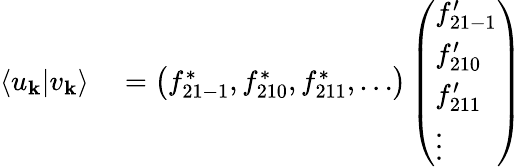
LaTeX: \begin{array}{rl}{\langle u_{\mathbf{k}}|v_{\mathbf{k}}\rangle}&{{}=\left(f_{21-1}^{*},f_{210}^{*},f_{211}^{*},\ldots\right)\left(\begin{array}{l}{f_{21-1}^{\prime}}\\ {f_{210}^{\prime}}\\ {f_{211}^{\prime}}\\ {\vdots}\end{array}\right)}\end{array}